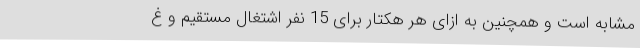
مشابه است و همچنین به ازای هر هکتار برای 15 نفر اشتغال مستقیم و غ